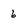
Character: 6